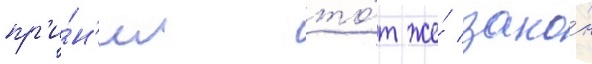
пр'и́н'ял то́т же́ зако́н